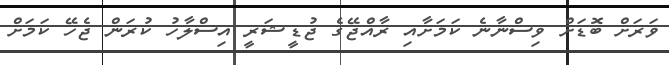
ވަރަށް ބޮޑަށް ވިސްނާނެ ކަމަށާއި ރާއްޖޭގެ ޖުޑީޝަރީ އިސްލާހު ކުރަން ޖެހޭ ކަމަށް